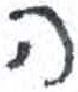
אות: ה